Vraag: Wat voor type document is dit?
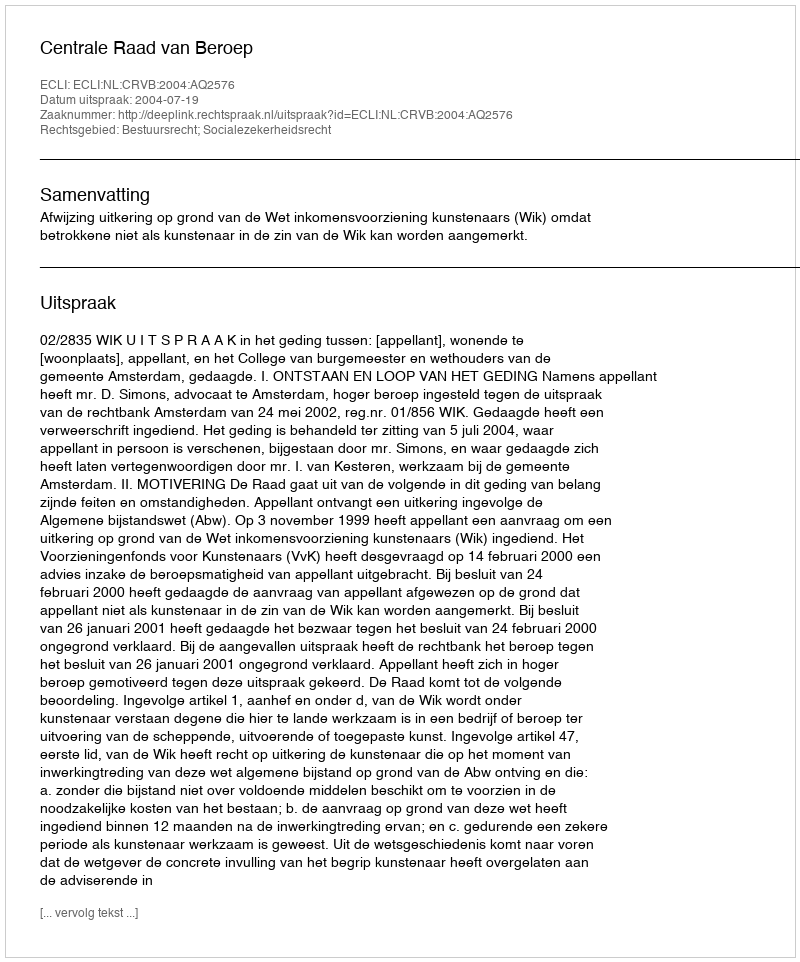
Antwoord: Uitspraak